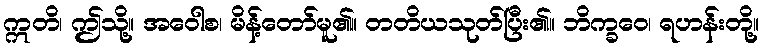
ဣတိ၊ ဤသို့။ အဝေါစ၊ မိန့်တော်မူ၏။ တတိယသုတ်ပြီး၏။ ဘိက္ခဝေ၊ ရဟန်းတို့။